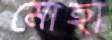
মোহা